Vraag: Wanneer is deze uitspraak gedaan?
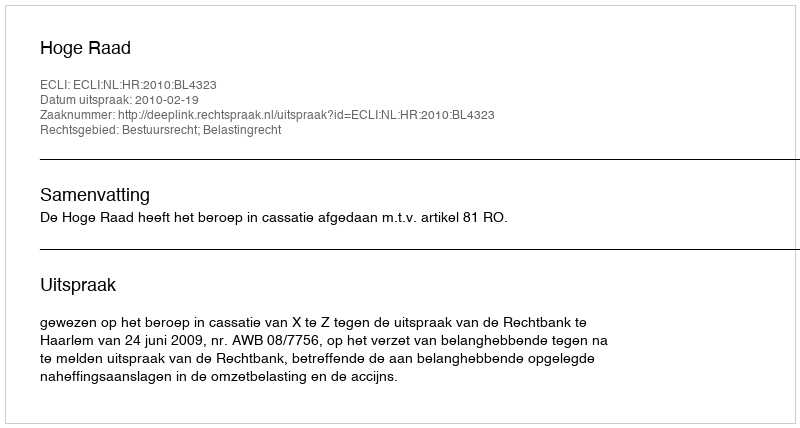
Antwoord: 2010-02-19